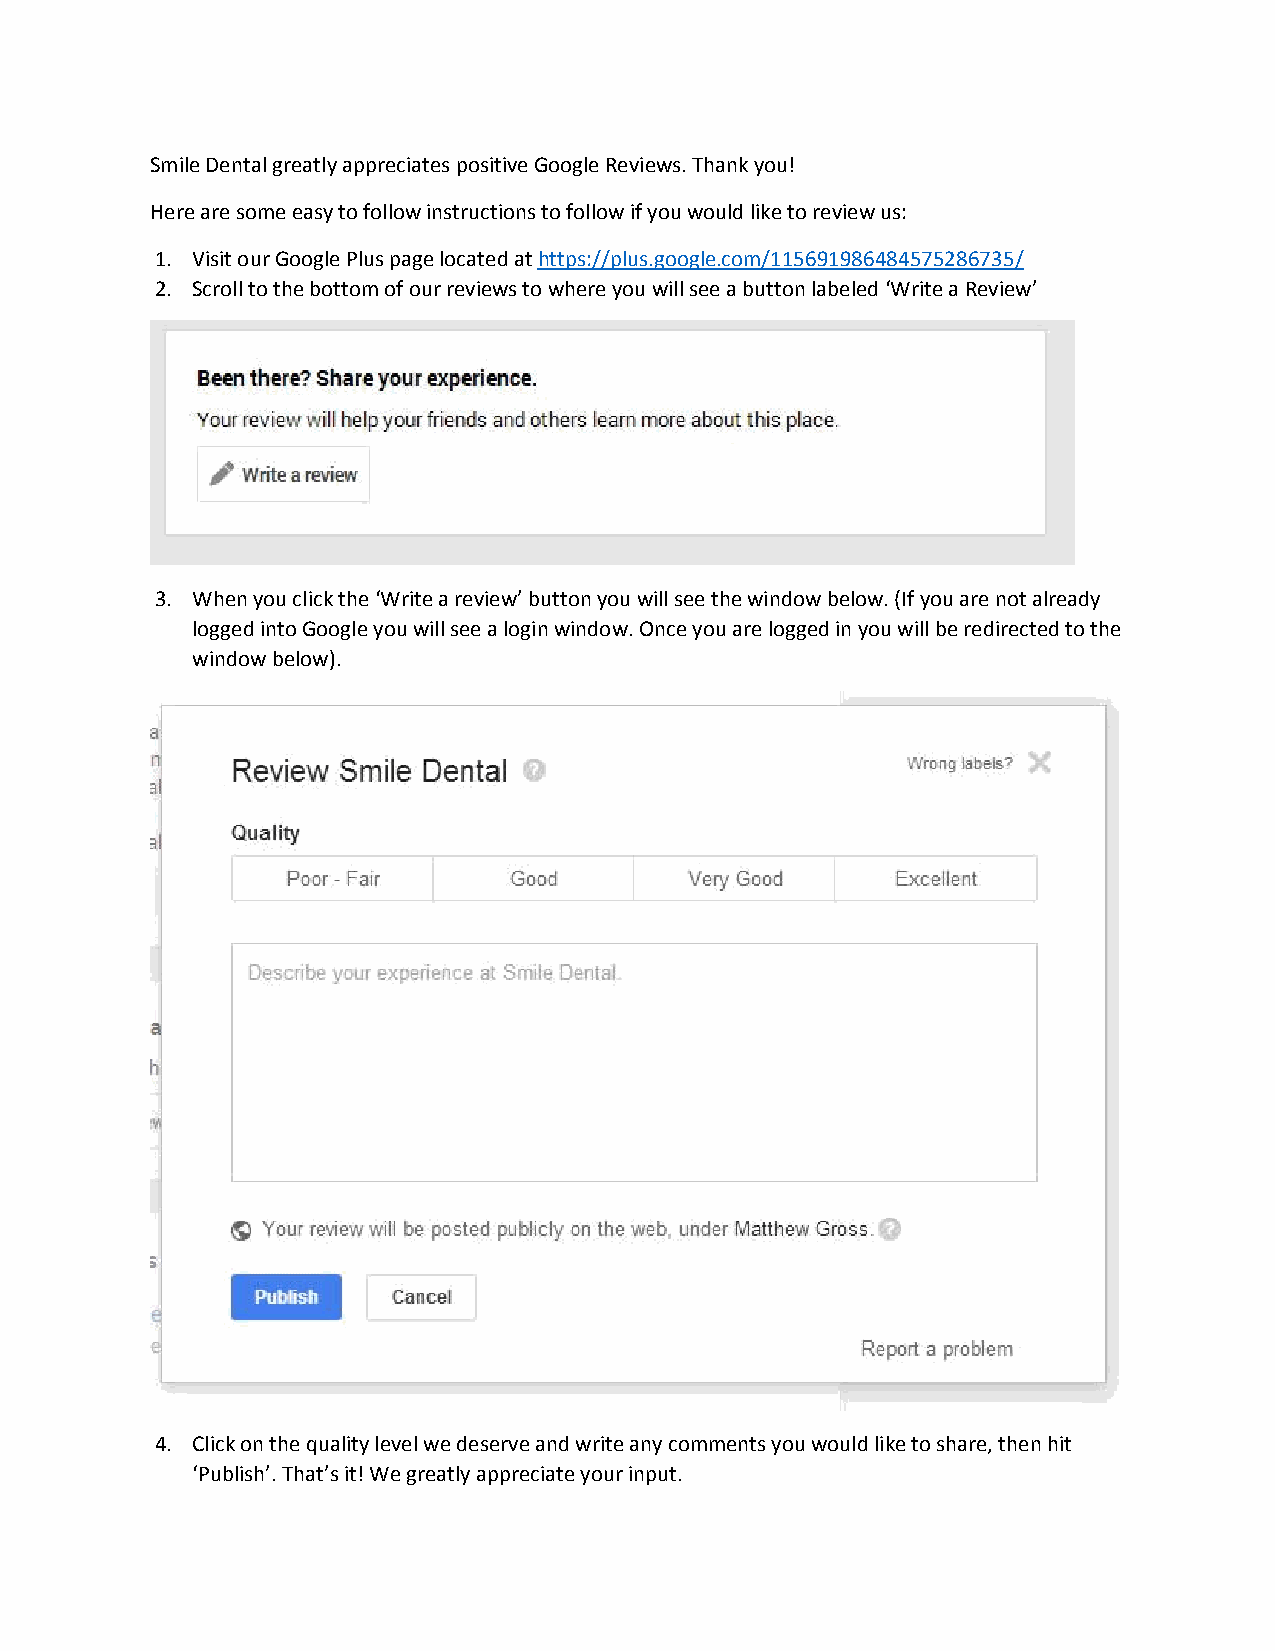
Smile Dental greatly appreciates positive Google Reviews. Thank you!
 Here are some easy to follow instructions to follow if you would like to review us:
 1. Visit our Google Plus page located at https://plus.google.com/115691986484575286735/
 2. Scroll to the bottom of our reviews to where you will see a button labeled ‘Write a Review’
 3. When you click the ‘Write a review’ button you will see the window below. (If you are not already
 logged into Google you will see a login window. Once you are logged in you will be redirected to the
 window below).
 4. Click on the quality level we deserve and write any comments you would like to share, then hit
 ‘Publish’. That’s it! We greatly appreciate your input.